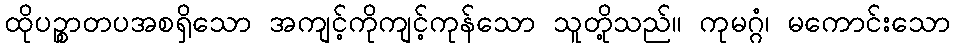
ထိုပဉ္စာတပအစရှိသော အကျင့်ကိုကျင့်ကုန်သော သူတို့သည်။ ကုမဂ္ဂံ၊ မကောင်းသော